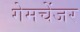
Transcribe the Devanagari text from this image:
गेमचेंजर